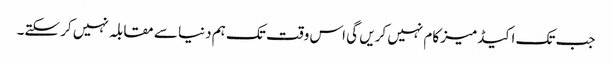
جب تک اکیڈمیز کام نہیں کریں گی اس وقت تک ہم دنیا سے مقابلہ نہیں کر سکتے۔